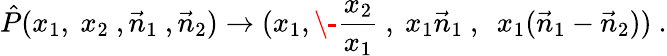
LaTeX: \hat{P}(x_{1},\ x_{2}\ ,\vec{n}_{1}\ ,\vec{n}_{2})\rightarrow(x_{1},\- \frac{x_{2}}{x_{1}}\ ,\ x_{1}\vec{n}_{1}\ ,\ \ x_{1}(\vec{n}_{1}-\vec{n}_{2}))\ .